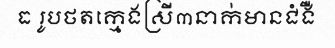
ធ រូបថតក្មេងស្រី៣នាក់មានជំងឺ